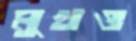
মুখও